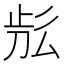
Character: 𣥬